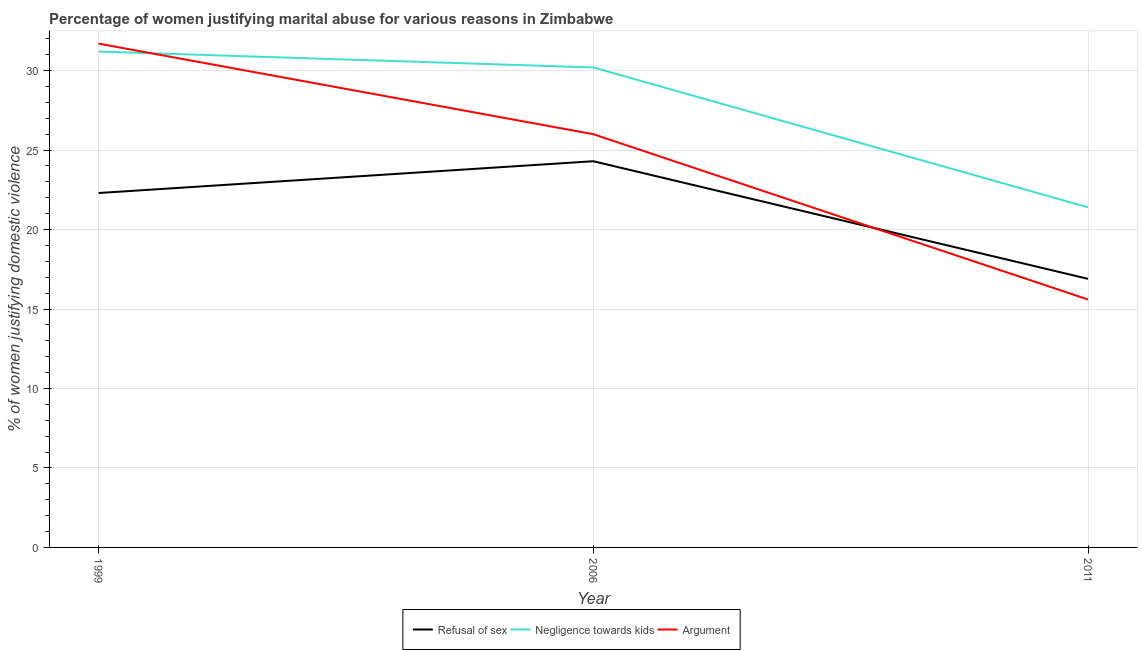
| Year | Refusal of sex | Negligence towards kids | Argument |
 | --- | --- | --- | --- |
 | 1999 | 22.3 | 31.2 | 31.7 |
 | 2006 | 24.3 | 30.2 | 26 |
 | 2011 | 16.9 | 21.4 | 15.6 |